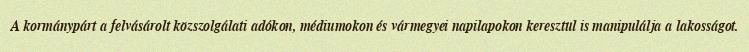
A kormánypárt a felvásárolt közszolgálati adókon, médiumokon és vármegyei napilapokon keresztül is manipulálja a lakosságot.